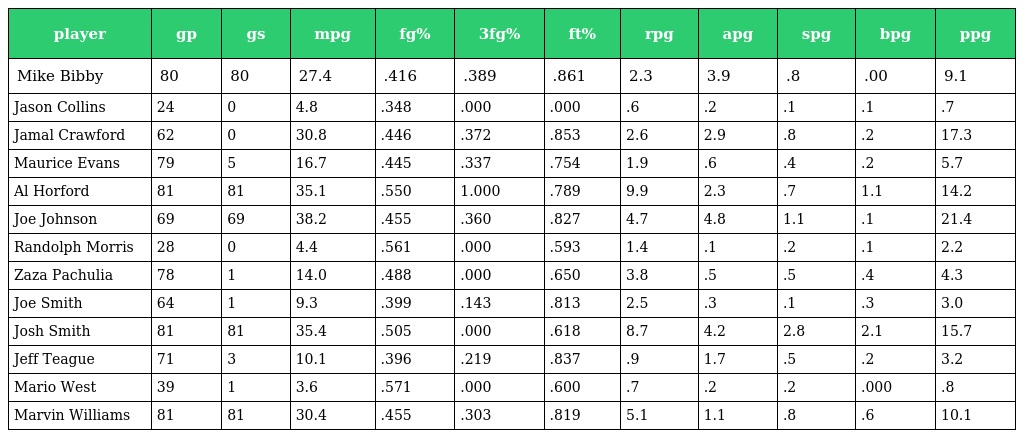
| player | gp | gs | mpg | fg% | 3fg% | ft% | rpg | apg | spg | bpg | ppg |
 | --- | --- | --- | --- | --- | --- | --- | --- | --- | --- | --- | --- |
 | Mike Bibby | 80 | 80 | 27.4 | .416 | .389 | .861 | 2.3 | 3.9 | .8 | .00 | 9.1 |
 | Jason Collins | 24 | 0 | 4.8 | .348 | .000 | .000 | .6 | .2 | .1 | .1 | .7 |
 | Jamal Crawford | 62 | 0 | 30.8 | .446 | .372 | .853 | 2.6 | 2.9 | .8 | .2 | 17.3 |
 | Maurice Evans | 79 | 5 | 16.7 | .445 | .337 | .754 | 1.9 | .6 | .4 | .2 | 5.7 |
 | Al Horford | 81 | 81 | 35.1 | .550 | 1.000 | .789 | 9.9 | 2.3 | .7 | 1.1 | 14.2 |
 | Joe Johnson | 69 | 69 | 38.2 | .455 | .360 | .827 | 4.7 | 4.8 | 1.1 | .1 | 21.4 |
 | Randolph Morris | 28 | 0 | 4.4 | .561 | .000 | .593 | 1.4 | .1 | .2 | .1 | 2.2 |
 | Zaza Pachulia | 78 | 1 | 14.0 | .488 | .000 | .650 | 3.8 | .5 | .5 | .4 | 4.3 |
 | Joe Smith | 64 | 1 | 9.3 | .399 | .143 | .813 | 2.5 | .3 | .1 | .3 | 3.0 |
 | Josh Smith | 81 | 81 | 35.4 | .505 | .000 | .618 | 8.7 | 4.2 | 2.8 | 2.1 | 15.7 |
 | Jeff Teague | 71 | 3 | 10.1 | .396 | .219 | .837 | .9 | 1.7 | .5 | .2 | 3.2 |
 | Mario West | 39 | 1 | 3.6 | .571 | .000 | .600 | .7 | .2 | .2 | .000 | .8 |
 | Marvin Williams | 81 | 81 | 30.4 | .455 | .303 | .819 | 5.1 | 1.1 | .8 | .6 | 10.1 |